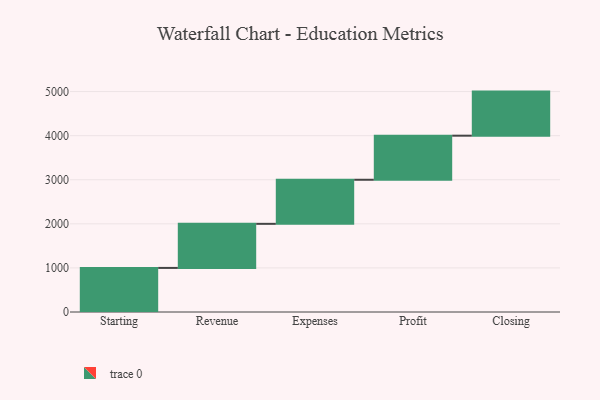
{"axis": {"x": "Step", "y": "Value"}, "legend": [""], "data": [{"x": "Starting", "y": 1000, "type": ""}, {"x": "Revenue", "y": 1000, "type": ""}, {"x": "Expenses", "y": 1000, "type": ""}, {"x": "Profit", "y": 1000, "type": ""}, {"x": "Closing", "y": 1000, "type": ""}]}